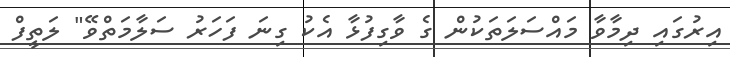
އިރުގައި ދިމާވާ މައްސަލަތަކުން ގެ ވާގިފުޅާ އެކު ގިނަ ފަހަރު ސަލާމަތްވޭ" ލަތީފް